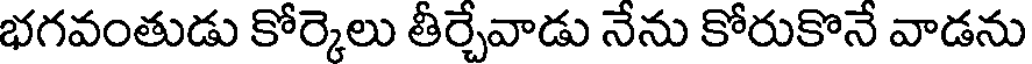
భగవంతుడు కోర్కెలు తీర్చేవాడు నేను కోరుకొనే వాడను